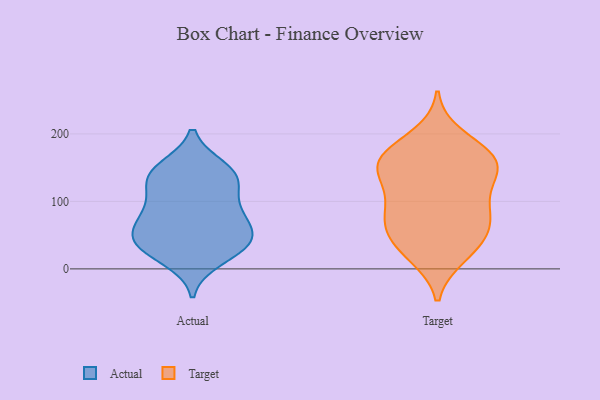
{"axis": {"x": "Gross Profit (USD K)", "y": "Value"}, "legend": ["Actual", "Target"], "data": [{"x": "", "y": 41, "type": "Actual"}, {"x": "", "y": 48, "type": "Actual"}, {"x": "", "y": 149, "type": "Actual"}, {"x": "", "y": 34, "type": "Actual"}, {"x": "", "y": 127, "type": "Actual"}, {"x": "", "y": 83, "type": "Actual"}, {"x": "", "y": 36, "type": "Actual"}, {"x": "", "y": 70, "type": "Actual"}, {"x": "", "y": 137, "type": "Actual"}, {"x": "", "y": 145, "type": "Actual"}, {"x": "", "y": 39, "type": "Actual"}, {"x": "", "y": 15, "type": "Actual"}, {"x": "", "y": 132, "type": "Actual"}, {"x": "", "y": 76, "type": "Actual"}, {"x": "", "y": 94, "type": "Actual"}, {"x": "", "y": 174, "type": "Target"}, {"x": "", "y": 61, "type": "Target"}, {"x": "", "y": 81, "type": "Target"}, {"x": "", "y": 156, "type": "Target"}, {"x": "", "y": 120, "type": "Target"}, {"x": "", "y": 51, "type": "Target"}, {"x": "", "y": 66, "type": "Target"}, {"x": "", "y": 162, "type": "Target"}, {"x": "", "y": 23, "type": "Target"}, {"x": "", "y": 150, "type": "Target"}, {"x": "", "y": 89, "type": "Target"}, {"x": "", "y": 167, "type": "Target"}, {"x": "", "y": 157, "type": "Target"}, {"x": "", "y": 83, "type": "Target"}, {"x": "", "y": 119, "type": "Target"}, {"x": "", "y": 35, "type": "Target"}, {"x": "", "y": 197, "type": "Target"}, {"x": "", "y": 19, "type": "Target"}, {"x": "", "y": 146, "type": "Target"}]}